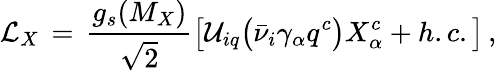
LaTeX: {\cal L}_{X}\, =\, \frac{g_{s}(M_{X})}{\sqrt 2}\big[{\cal U}_{iq}\big(\bar{\nu}_{i}\gamma_{\alpha}q^{c}\big)X_{\alpha}^{c}+h.c.\big]\, ,